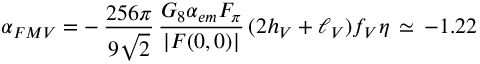
\alpha _ { F M V } = - \, \frac { 2 5 6 \pi } { 9 \sqrt { 2 } } \, \frac { G _ { 8 } \alpha _ { e m } F _ { \pi } } { | F ( 0 , 0 ) | } \, ( 2 h _ { V } + \ell _ { V } ) f _ { V } \eta \, \simeq \, - 1 . 2 2